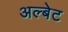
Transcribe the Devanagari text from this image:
अल्बेट